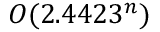
O ( 2 . 4 4 2 3 ^ { n } )